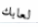
لعابك